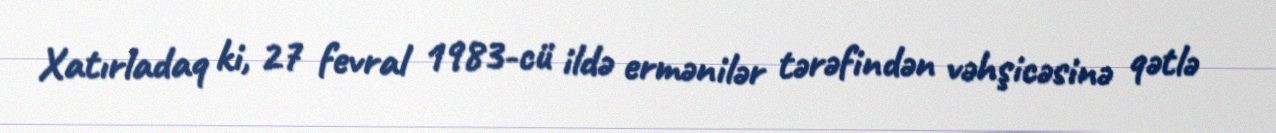
Xatırladaq ki, 27 fevral 1983-cü ildə ermənilər tərəfindən vəhşicəsinə qətlə